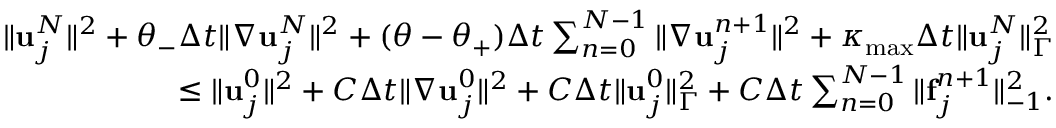
\begin{array} { r } { \| { \bf u } _ { j } ^ { N } \| ^ { 2 } + \theta _ { - } \Delta t \| \nabla { \bf u } _ { j } ^ { N } \| ^ { 2 } + ( \theta - \theta _ { + } ) \Delta t \sum _ { n = 0 } ^ { N - 1 } \| \nabla { \bf u } _ { j } ^ { n + 1 } \| ^ { 2 } + \kappa _ { \operatorname* { m a x } } \Delta t \| { \bf u } _ { j } ^ { N } \| _ { \Gamma } ^ { 2 } } \\ { \le \| { \bf u } _ { j } ^ { 0 } \| ^ { 2 } + C \Delta t \| \nabla { \bf u } _ { j } ^ { 0 } \| ^ { 2 } + C \Delta t \| { \bf u } _ { j } ^ { 0 } \| _ { \Gamma } ^ { 2 } + C \Delta t \sum _ { n = 0 } ^ { N - 1 } \| { \bf f } _ { j } ^ { n + 1 } \| _ { - 1 } ^ { 2 } . } \end{array}